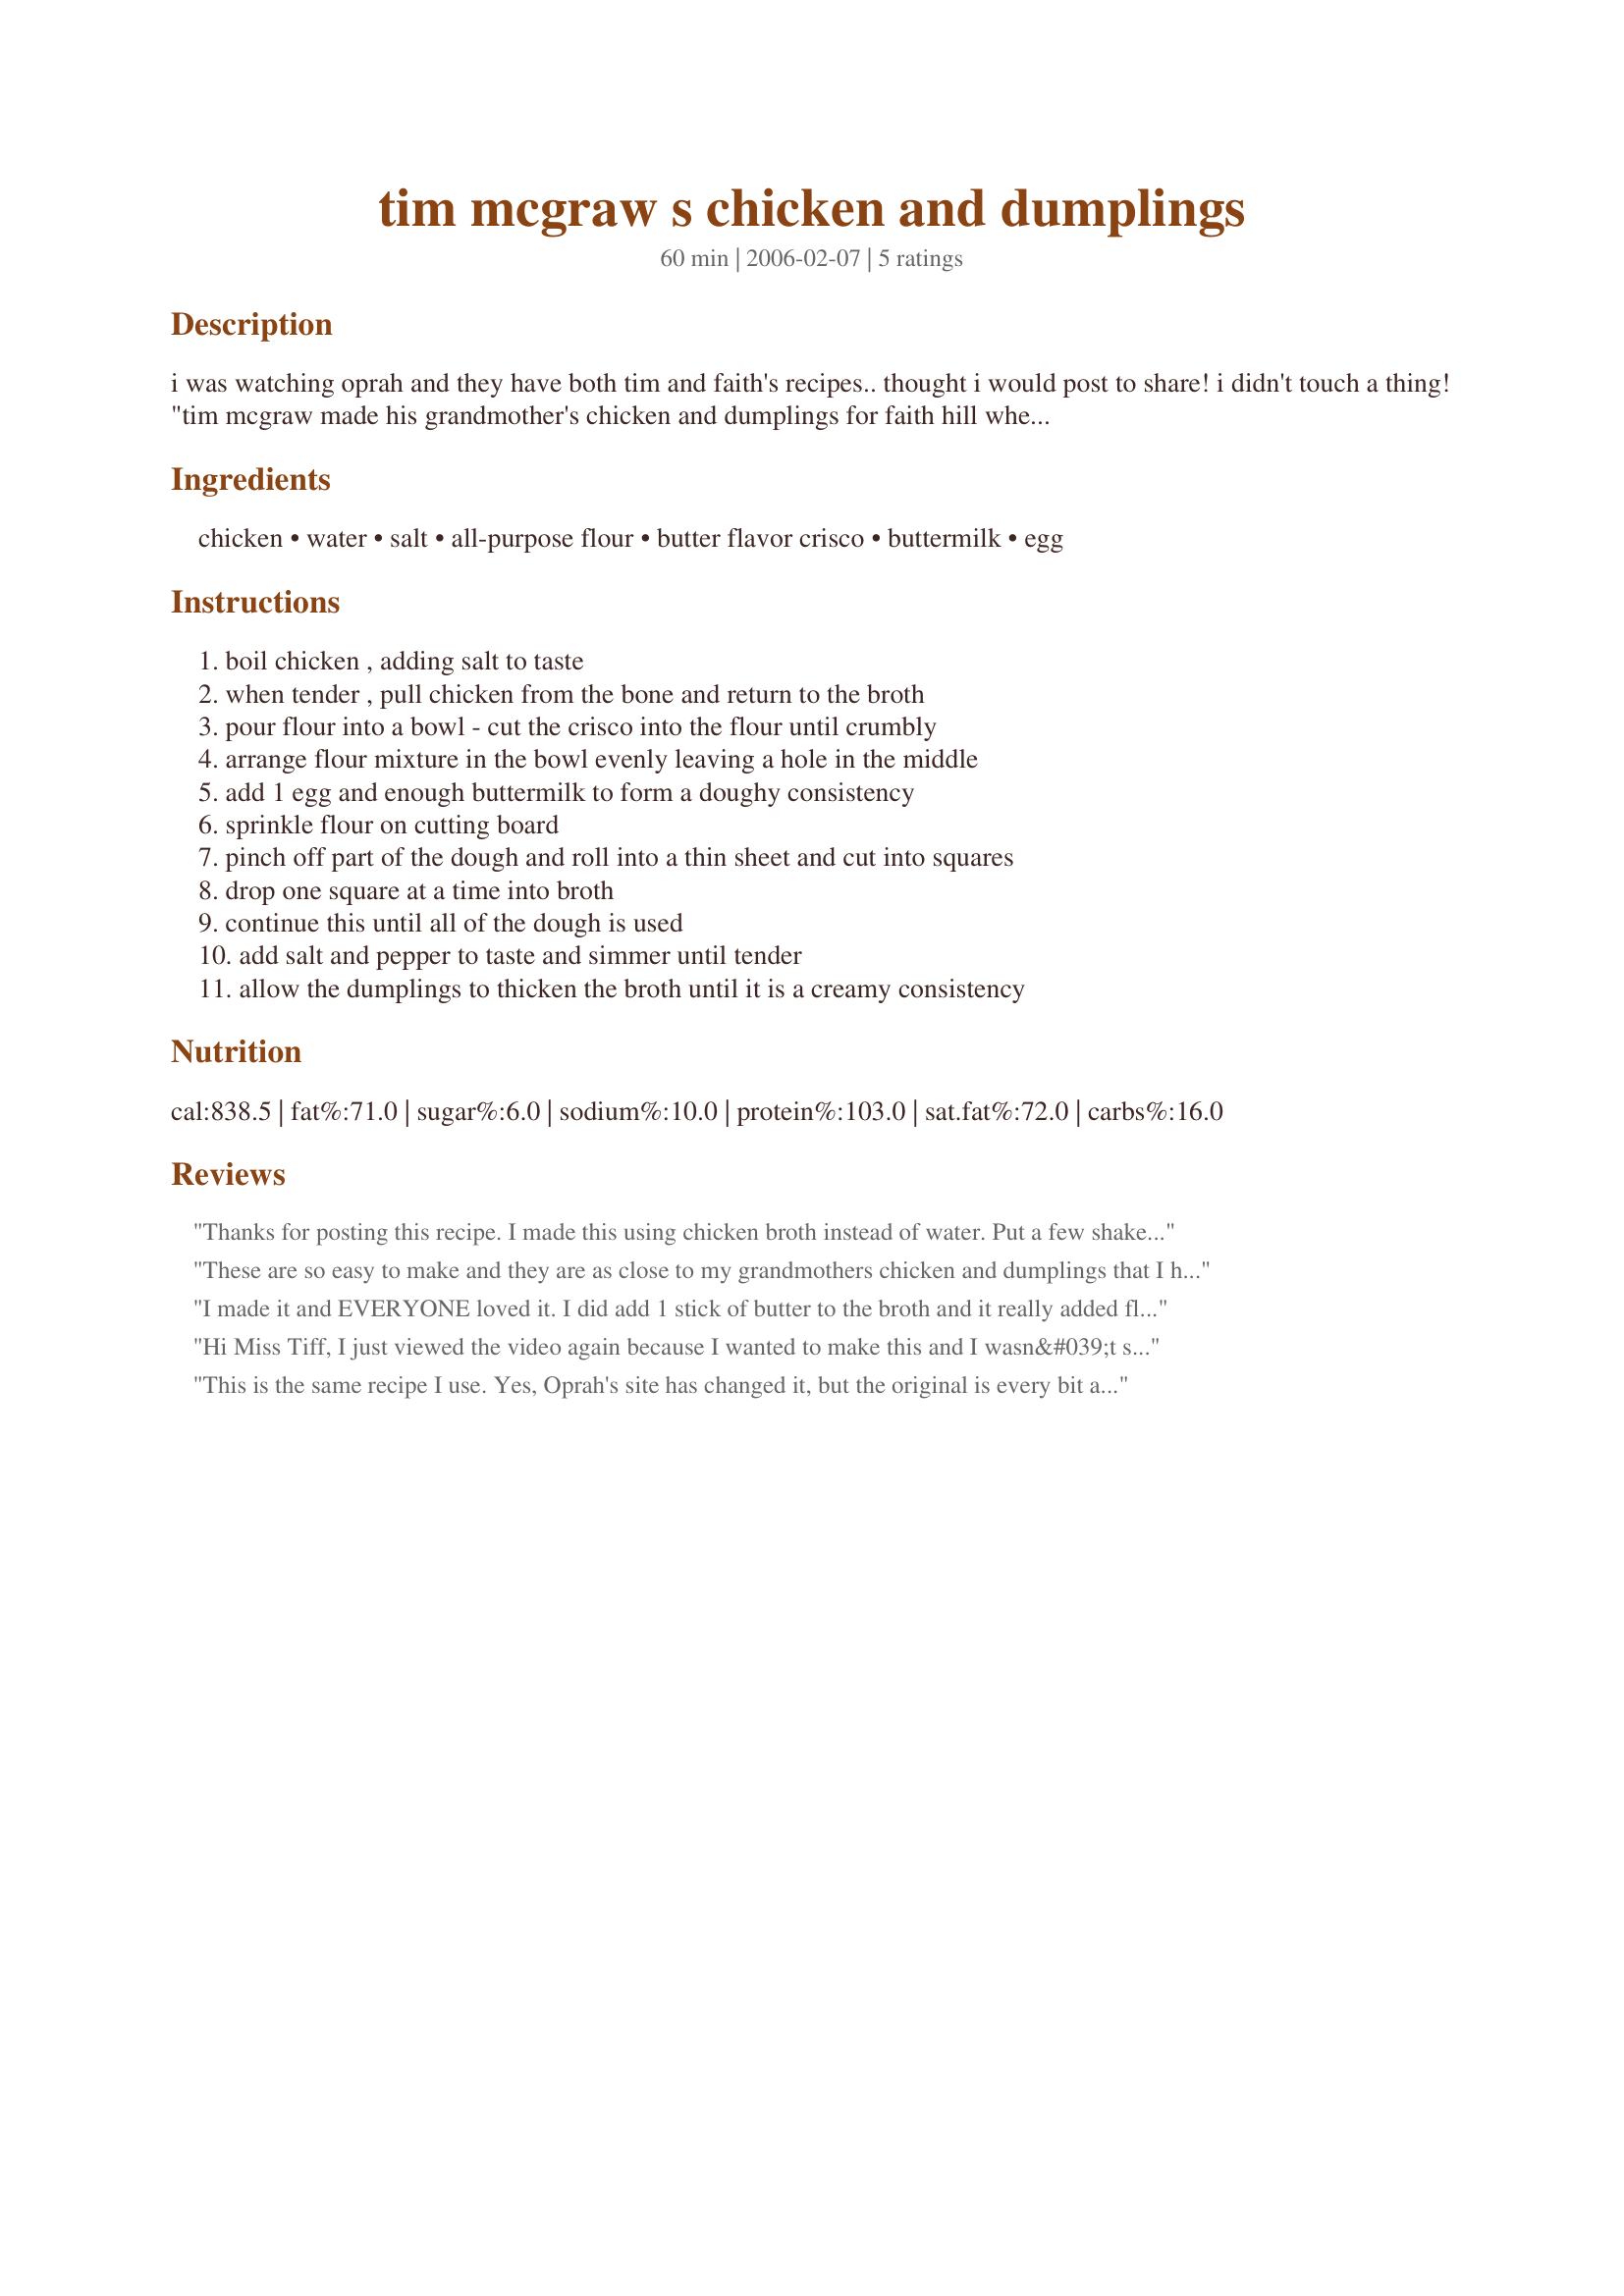
tim mcgraw s chicken and dumplings
Preparation time: 60 minutes

i was watching oprah and they have both tim and faith's recipes.. thought i would post to share! i didn't touch a thing!
"tim mcgraw made his grandmother's chicken and dumplings for faith hill when they were dating! they go perfectly with faith's cornbread." ---- i guessed at the cooking time -- i will correct asap!----
***
in response to chef #294686 -- i apologize if there is a mix up. i copied and pasted this recipe as soon as the show aired. they edited the ingredients. it is from the oprah show -- i swear it :o) i have updated the ingredients... (feb.20.06)

Ingredients:
chicken, water, salt, all-purpose flour, butter flavor crisco, buttermilk, egg

Steps:
boil chicken , adding salt to taste, when tender , pull chicken from the bone and return to the broth, pour flour into a bowl - cut the crisco into the flour until crumbly, arrange flour mixture in the bowl evenly leaving a hole in the middle, add 1 egg and enough buttermilk to form a doughy consistency, sprinkle flour on cutting board, pinch off part of the dough and roll into a thin sheet and cut into squares, drop one square at a time into broth, continue this until all of the dough is used, add salt and pepper to taste and simmer until tender, allow the dumplings to thicken the broth until it is a creamy consistency

Reviews:
Thanks for posting this recipe. I made this using chicken broth instead of water. Put a few shakes of salt in the biscuit mix and add some ckicken stock cubes to tthe broth, instead of salt. Also added some carrots, onion and celery in the last 30 minutes.
These are so easy to make and they are as close to my grandmothers chicken and dumplings that I have found.
I made it and EVERYONE loved it. I did add 1 stick of butter to the broth and it really added flavor but, a lot of calories. I also made it with just breast meat. That made me feel a little better about the butter. My family couldn't get enough. I even gave some to friends and they couldn't get enough. It's really yummy.
Hi Miss Tiff, I just viewed the video again because I wanted to make this and I wasn&#039;t sure what to do with the crisco bc there were no instructions for that ingredient. When I watched it, they didn&#039;t mention any egg. They cut the crisco into the flour and then added the buttermilk and mixed until just combined. Then you roll out and cut into squares and put into the broth. It also said to cook for 2 hours until thickened. Not sure if I would cook that long, but that&#039;s what it said! I will be making this soon and then will add my rating! Thanks for posting! I wouldn&#039;t have known about this otherwise! ~
This is the same recipe I use. Yes, Oprah's site has changed it, but the original is every bit as good as the one she has listed (and hers has one ingredient listed but not used). I have made both, and this is one of the best things I've ever eaten. There is another recipe on this site saying it is Tim's recipe, but it wasn't the one he gave on TV. I am making it again tonight and adding in carrots, which I have never done. I do sometimes add in chicken broth, especially when making an extra large batch. It freezes great, if you ever have any leftover, and I have yet to meet anyone who didn't love this dish.
